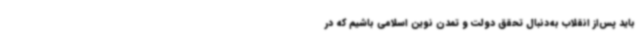
باید پس‌از انقلاب به‌دنبال تحقق دولت و تمدن نوین اسلامی باشیم که در